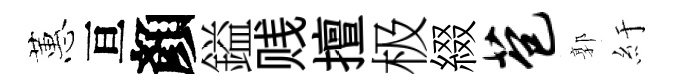
蕙亘顏鎰贱擅极綴苞郭紆